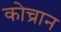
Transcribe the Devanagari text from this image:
कोच्रान